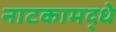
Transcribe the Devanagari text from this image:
नाटकामद्धे